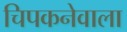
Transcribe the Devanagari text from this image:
चिपकनेवाला